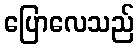
ပြောလေသည်